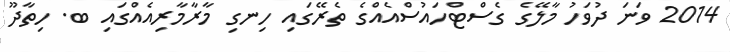
2014 ވަނަ ދުވަހު މާލޭގެ ގެސްޓްހައުސްއެއްގެ ތެރޭގައި ހިނގި މާރާމާރިއެއްގައި ބ. ހިތާދޫ